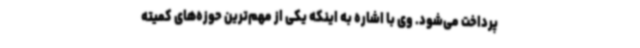
پرداخت می‌شود. وی با اشاره به اینکه یکی از مهم‌ترین حوزه‌های کمیته